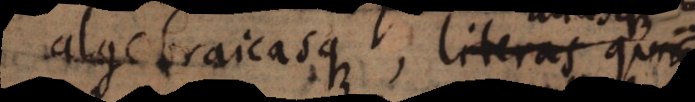
algebraicasque, literas quibus